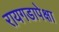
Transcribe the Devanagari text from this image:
रायगडापेक्षा